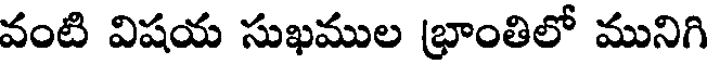
వంటి విషయ సుఖముల భ్రాంతిలో మునిగి